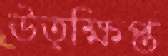
উত্ক্ষিপ্ত